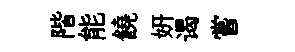
階能饒妍谒嘗